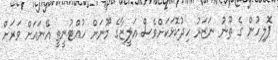
ޕޮލިހުން ގެ ތޫނު ނަޒަރު ހިދުކޮޅަކަށްވެސް އަލީޒާގެ މޫނަށް ހުއްޓުނީތީ އޭނައަށް ވަރަށް